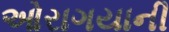
ઓરાગયાની